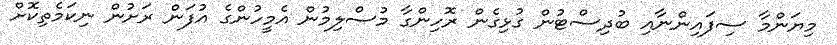
މިޔަންމާ ސިފައިންނާއި ބުދިސްޓުން ގުޅިގެން ރޮހިންގާ މުސްލިމުން އެމީހުންގެ އުފަން ރަށުން ނިކަމެތިކޮށް